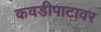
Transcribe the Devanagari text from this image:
कवडीपाटावर